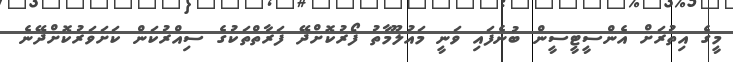
މީގެ އިތުރަށް އެންސީޓީސީން ބުނެފައި ވަނީ މައުލޫމާތު ފޯރުކޮށްދޭ ފަރާތްތަކުގެ ސިއްރުކަން ކަށަވަރުކޮށްދޭނެ